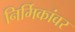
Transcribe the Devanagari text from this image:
निर्मिकांवर